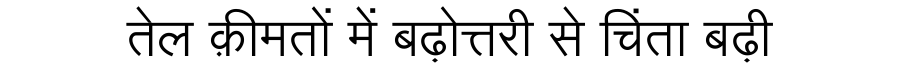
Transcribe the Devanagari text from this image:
तेल क़ीमतों में बढ़ोत्तरी से चिंता बढ़ी